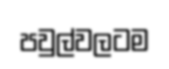
පවුල්වලටම